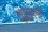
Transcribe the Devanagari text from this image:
कुतुहली